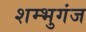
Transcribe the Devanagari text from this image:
शम्भुगंज